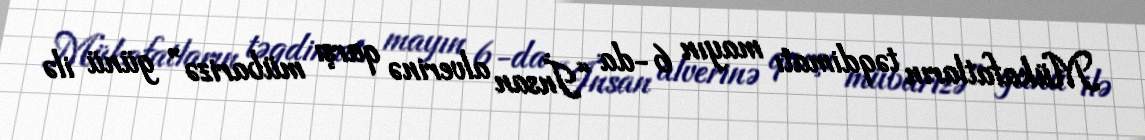
Mükafatların təqdimatı mayın 6-da “İnsan alverinə qarşı mübarizə” günü ilə